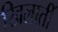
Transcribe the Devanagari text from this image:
खिलातीं